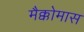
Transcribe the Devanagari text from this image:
मैक्कोमास